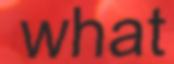
what